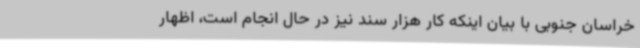
خراسان جنوبی با بیان اینکه کار هزار سند نیز در حال انجام است، اظهار